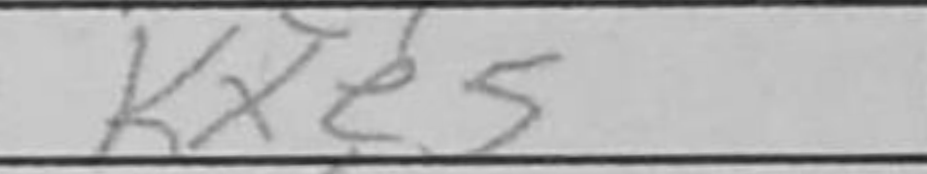
Transcription: Kxe5